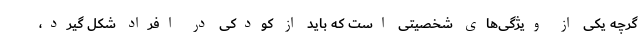
گرچه یکی از ویژگی‌های شخصیتی‌ است که باید از کودکی در افراد شکل گیرد،